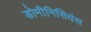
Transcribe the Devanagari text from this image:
डोमीनिसियंस